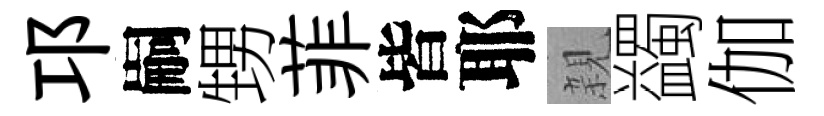
邛嗣甥菲皆耶親蠲伽